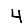
Digit: 4